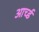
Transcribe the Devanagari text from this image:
आर्च्ड